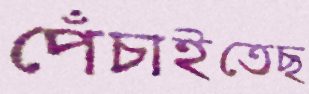
পেঁচাইতেছ